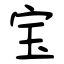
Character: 宝